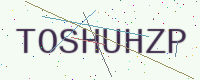
Text: TOSHUHZP